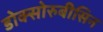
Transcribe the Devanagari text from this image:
डोक्सोरुबीसिन